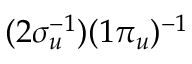
( 2 \sigma _ { u } ^ { - 1 } ) ( 1 \pi _ { u } ) ^ { - 1 }